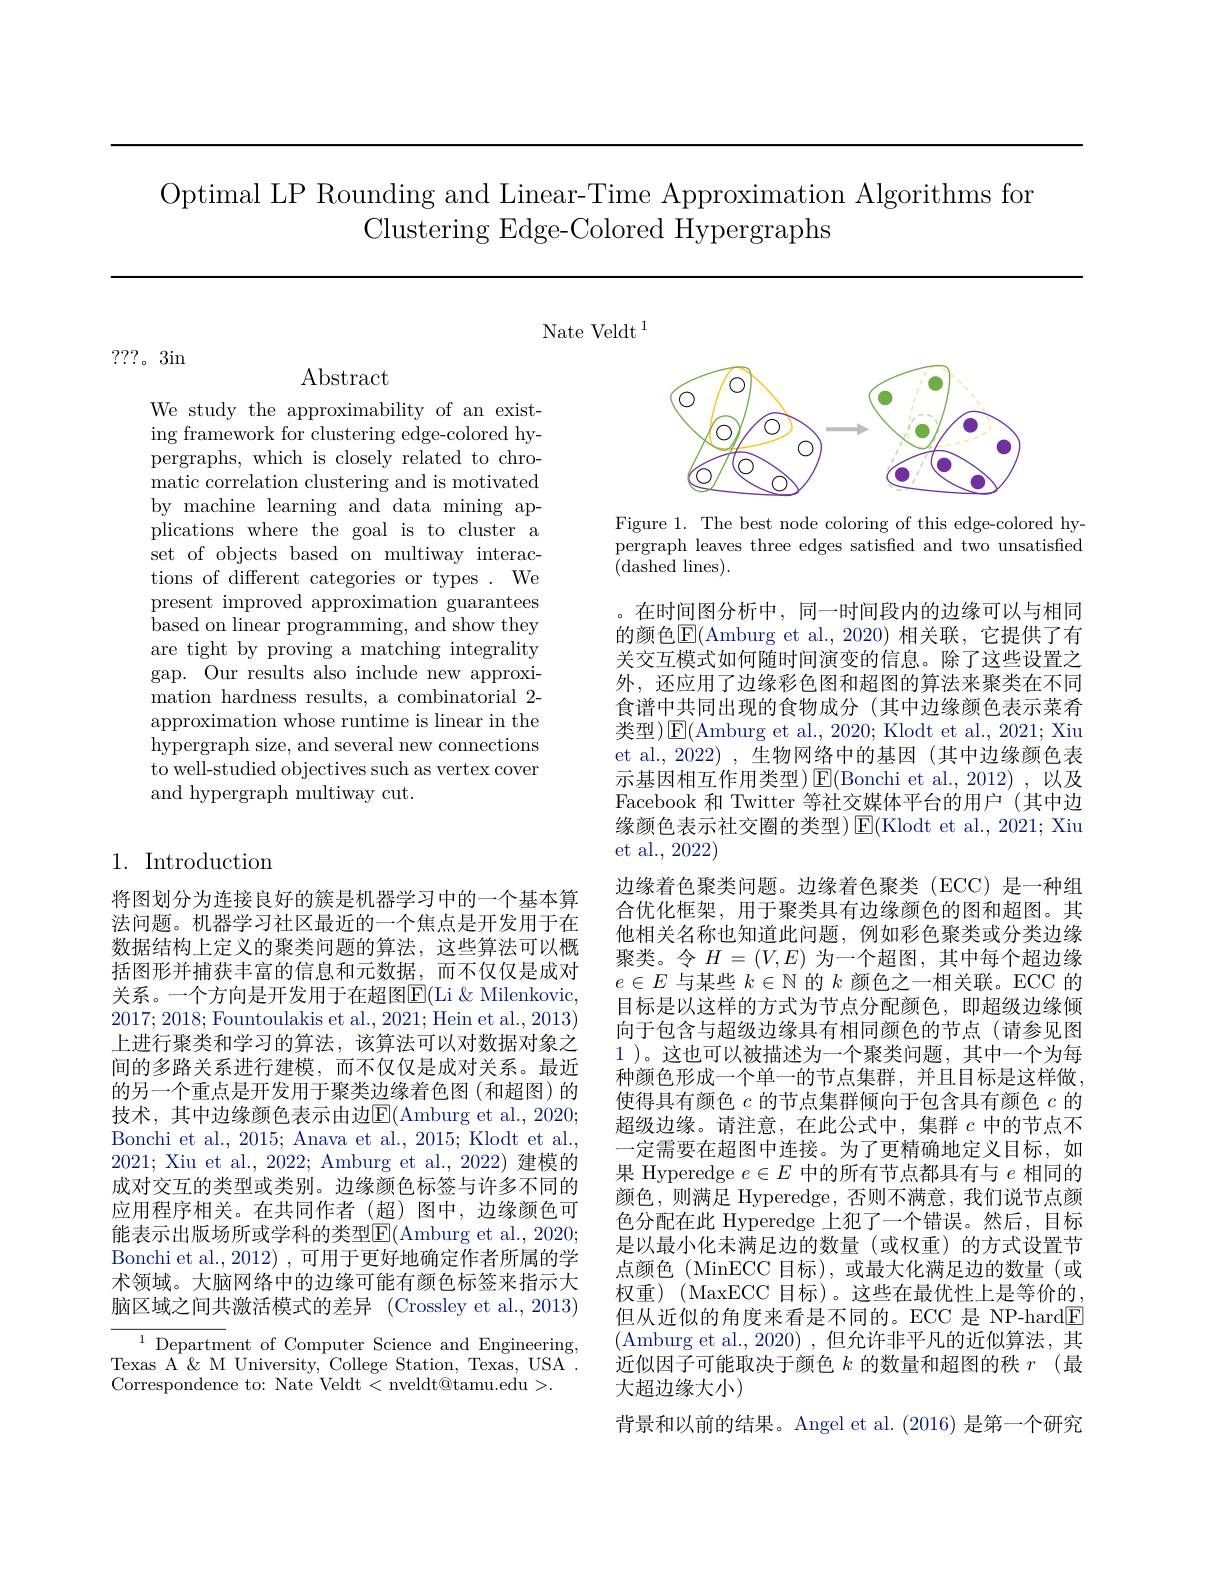
Optimal LP Rounding and Linear-Time Approximation Algorithms for
Clustering Edge-Colored Hypergraphs

Nate Veldt $^1$

???。3in

Abstract

We study the approximability of an existing framework for clustering edge-colored hypergraphs, which is closely related to chromatic correlation clustering and is motivated by machine learning and data mining applications where the goal is to cluster a set of objects based on multiway interactions of different categories or types . We present improved approximation guarantees based on linear programming, and show they are tight by proving a matching integrality gap. Our results also include new approximation hardness results, a combinatorial 2- approximation whose runtime is linear in the hypergraph size, and several new connections to well-studied objectives such as vertex cover and hypergraph multiway cut.

## 1. Introduction

将图划分为连接良好的簇是机器学习中的一个基本算法问题。机器学习社区最近的一个焦点是开发用于在数据结构上定义的聚类问题的算法，这些算法可以概括图形并捕获丰富的信息和元数据，而不仅仅是成对关系。一个方向是开发用于在超图E(Li &Milenkovic, 2017;2018; Fountoulakis et al., 2021; Hein et al., 2013) 上进行聚类和学习的算法，该算法可以对数据对象之间的多路关系进行建模，而不仅仅是成对关系。最近的另一个重点是开发用于聚类边缘着色图(和超图)的技术，其中边缘颜色表示由边$\overline{\mathrm{E}}($Amburg et al.,2020; Bonchi et al., 2015; Anava et al., 2015; Klodt et al., 2021; Xiu et al., 2022; Amburg et al., 2022) 建模的成对交互的类型或类别。边缘颜色标签与许多不同的应用程序相关。在共同作者(超)图中，边缘颜色可能表示出版场所或学科的类型E(Amburg et al., 2020; Bonchi et al., 2012) , 可用于更好地确定作者所属的学术领域。大脑网络中的边缘可能有颜色标签来指示大脑区域之间共激活模式的差异 (Crossley et al.,2013)

${\overline{{^{1}\text{Departm}}}}$ent of Computer Science and Engineering, Texas A & M University, College Station, Texas, USA . Correspondence to: Nate Veldt< nveldt@tamu.edu>.

<FigureHere>

Figure 1. The best node coloring of this edge-colored hypergraph leaves three edges satisfied and two unsatisfied (dashed lines).

在时间图分析中，同一时间段内的边缘可以与相同的颜色$\mathsf{E}($Amburg et al.,2020)相关联，它提供了有关交互模式如何随时间演变的信息。除了这些设置之外，还应用了边缘彩色图和超图的算法来聚类在不同食谱中共同出现的食物成分(其中边缘颜色表示菜肴类型)$\operatorname{E}($Amburg et al., 2020; Klodt et al., 2021; Xiu et al., 2022) , 生物网络中的基因 (其中边缘颜色表示基因相互作用类型)$\operatorname{E}($Bonchi et al., 2012) , 以及Facebook 和 Twitter 等社交媒体平台的用户 (其中边缘颜色表示社交圈的类型)$\operatorname{E}($Klodt et al., 2021; Xiu et al., 2022)
边缘着色聚类问题。边缘着色聚类(ECC) 是一种组合优化框架，用于聚类具有边缘颜色的图和超图。其他相关名称也知道此问题，例如彩色聚类或分类边缘聚类。令$H=(V,E)$为一个超图，其中每个超边缘$e\in E$与某些$k\in\mathbb{N}$的$k$颜色之一相关联。ECC 的目标是以这样的方式为节点分配颜色，即超级边缘倾向于包含与超级边缘具有相同颜色的节点(请参见图1 )。这也可以被描述为一个聚类问题，其中一个为每种颜色形成一个单一的节点集群，并且目标是这样做， 使得具有颜色$c$的节点集群倾向于包含具有颜色$c$的超级边缘。请注意，在此公式中，集群$c$中的节点不一定需要在超图中连接。为了更精确地定义目标，如果 Hyperedge $e\in E$中的所有节点都具有与$e$相同的颜色，则满足 Hyperedge, 否则不满意，我们说节点颜色分配在此 Hyperedge 上犯了一个错误。然后，目标是以最小化未满足边的数量(或权重)的方式设置节点颜色(MinECC 目标),或最大化满足边的数量(或权重)(MaxECC 目标)。这些在最优性上是等价的， 但从近似的角度来看是不同的。ECC 是 NP-hard$\boxed{\mathrm{F}}$ (Amburg et al., 2020) ,但允许非平凡的近似算法，其近似因子可能取决于颜色$k$的数量和超图的秩$r$ (最大超边缘大小)
背景和以前的结果。Angel et al.(2016) 是第一个研究